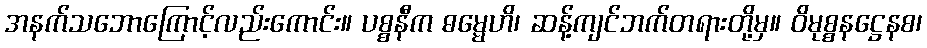
အနက်သဘောကြောင့်လည်းကောင်း။ ပစ္စနီက ဓမ္မေဟိ၊ ဆန့်ကျင်ဘက်တရားတို့မှ။ ဝိမုစ္စနဋ္ဌေနစ၊